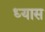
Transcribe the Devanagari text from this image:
ध्‍यास